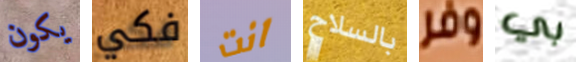
يكون فكي انت بالسلاح وفر بي